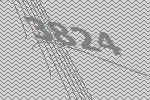
3824